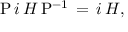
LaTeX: { \mathrm { P } } \, i \, H \, { \mathrm { P } } ^ { - 1 } \, = \, i \, H { \mathrm { , } }